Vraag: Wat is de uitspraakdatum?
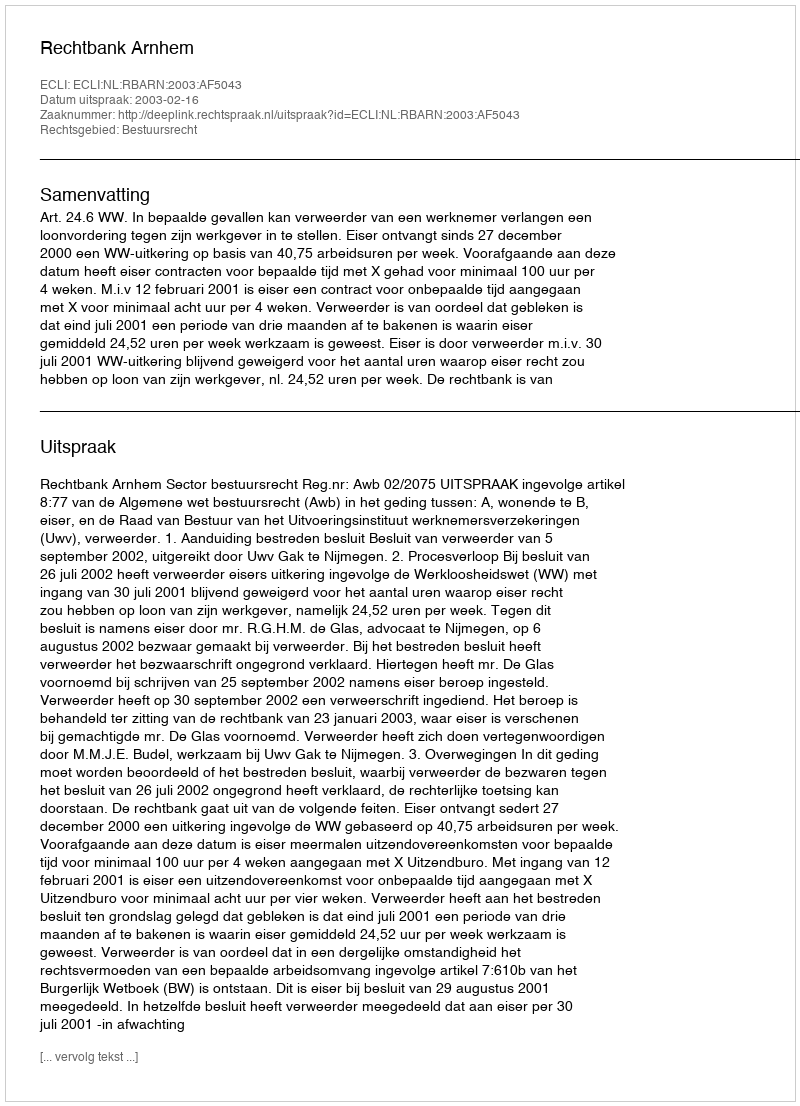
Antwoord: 2003-02-16